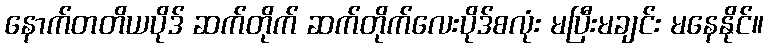
နောက်တတိယပိုဒ် ဆက်တိုက် ဆက်တိုက်လေးပိုဒ်စလုံး မပြီးမချင်း မနေနိုင်။